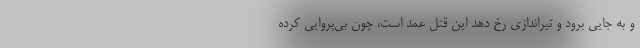
و به جایی برود و تیراندازی رخ دهد این قتل عمد است، چون بی‌پروایی کرده